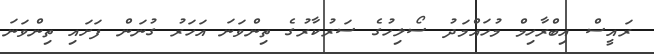
ރައީސް އިބްރާހިމް މުހައްމަދު ސޯލިހުގެ ސަރުކާރުގެ ތިންވަނަ އަހަރު ގުނަން ފަށައި ތިންވަނަ